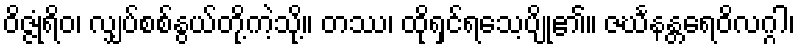
ဝိဇ္ဇုံရိဝ၊ လျှပ်စစ်နွယ်တို့ကဲ့သို့။ တဿ၊ ထိုရှင်ရသေ့ပျို၏။ ဇင်္ဃနန္တရေဝိလဂ္ဂါ၊